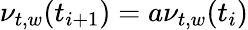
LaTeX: \nu_{t,w}(t_{i+1})=a\nu_{t,w}(t_{i})